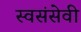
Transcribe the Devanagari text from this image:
स्वसंसेवी